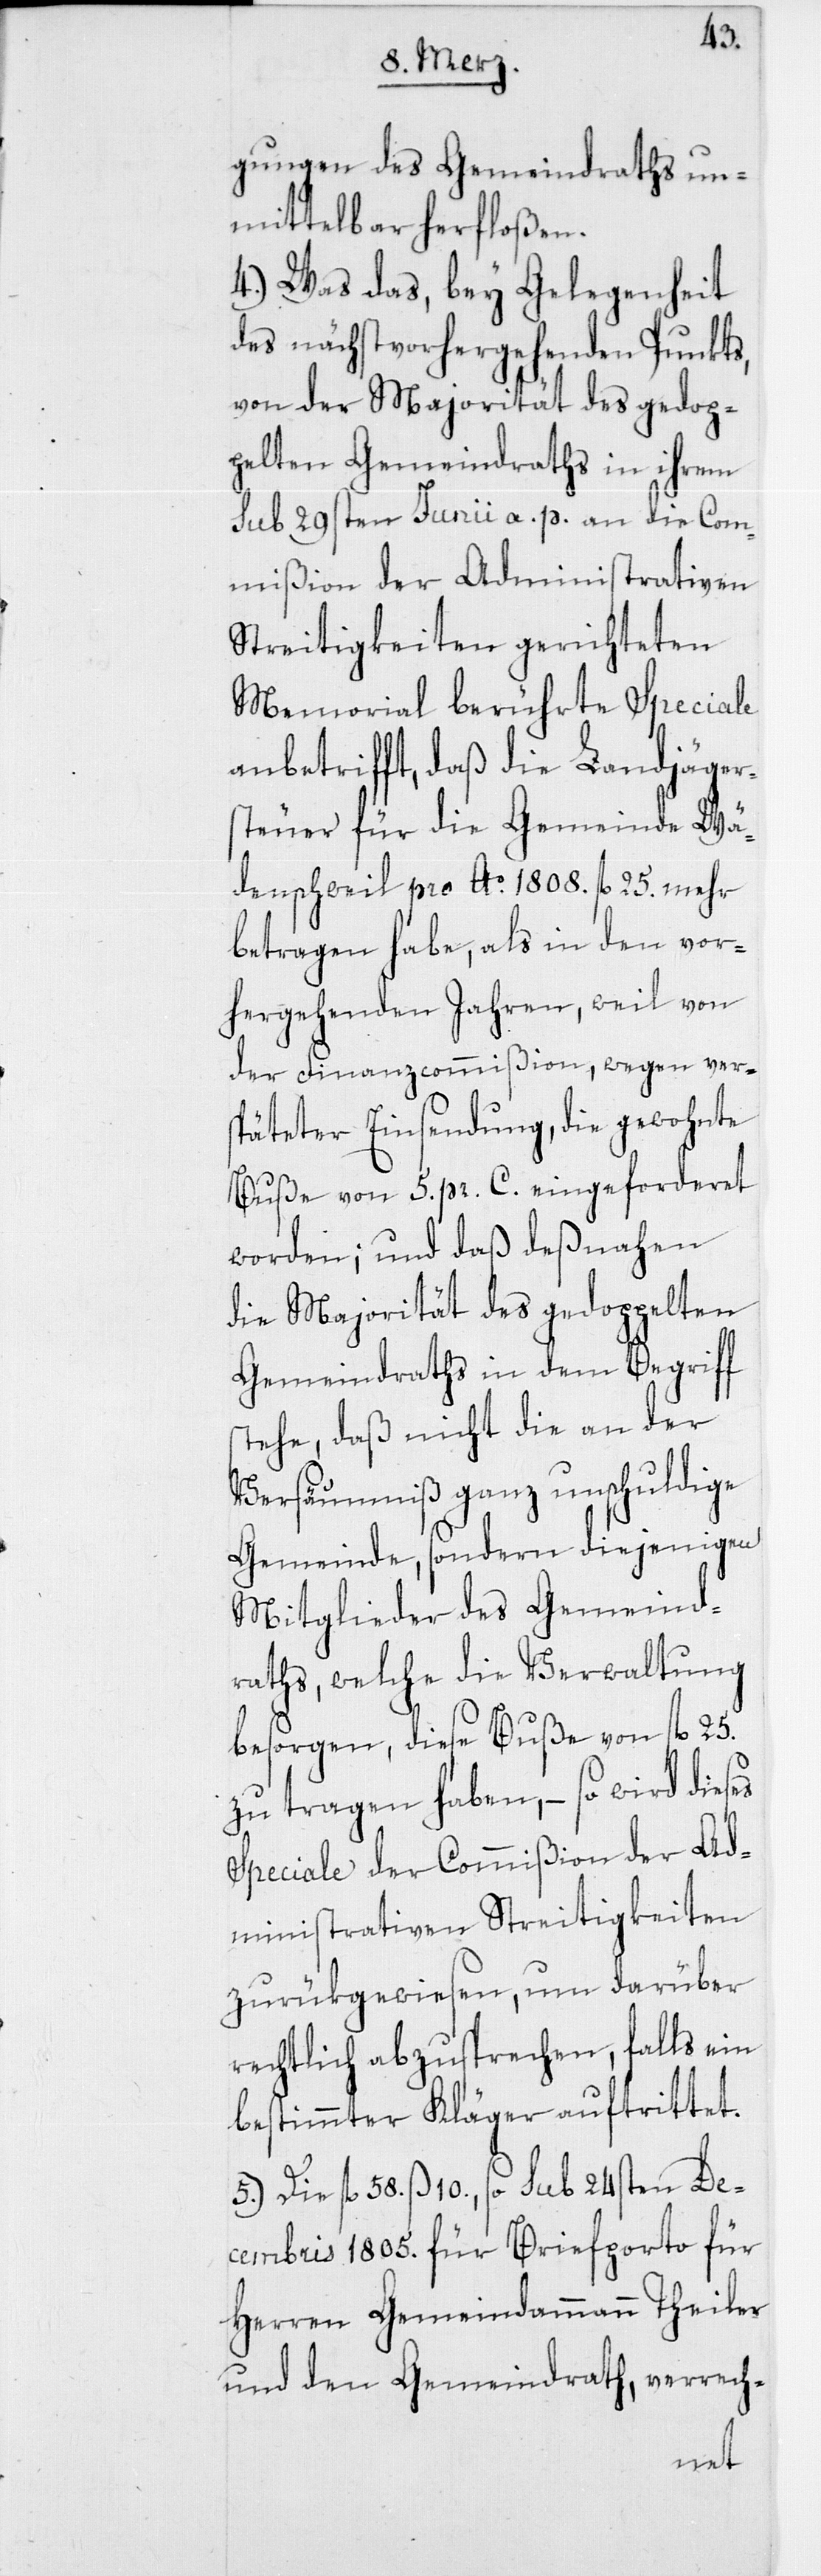
gungen des Gemeindraths un¬
mittelbar herfloßen.
4.) Was das, bey Gelegenheit
des nächstvorhergehenden Punkts,
von der Majorität des gedop¬
pelten Gemeindraths in ihrem
sub 29sten Junii a. p. an die Com¬
mißion der Administrativen
Streitigkeiten gerichteten
Memorial berührte Speciale
anbetrifft, daß die Landjäger¬
steuer für die Gemeinde Wä¬
denschweil pro Ao 1808. fl. 25. mehr
betragen habe, als in den vor¬
hergehenden Jahren, weil von
der Finanzcommißion, wegen ver¬
späteter Einsendung, die gewohnte
Buße von 5. pr. C. eingefordert
worden; und daß deßnahen
die Majorität des gedoppelten
Gemeindraths in dem Begriff
stehe, daß nicht die an der
Versäumniß ganz unschuldige
Gemeinde, sondern diejenigen
Mitglieder des Gemeind¬
raths, welche die Verwaltung
besorgen, diese Buße von fl. 25.
zu tragen haben, – so wird dieses
Speciale der Commißion der Ad¬
ministrativen Streitigkeiten
zurükgewiesen, um darüber
rechtlich abzusprechen, falls ein
bestimmter Kläger auftrittet.
5.) Die fl. 58. ß 10., so sub 24sten De¬
cembris 1805. für Briefporto für
Herren Gemeindammann Theiler
und den Gemeindrath, verrech-